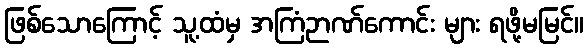
ဖြစ်သောကြောင့် သူ့ထံမှ အကြံဉာဏ်ကောင်း များ ရဖို့မမြင်။